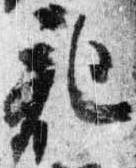
記